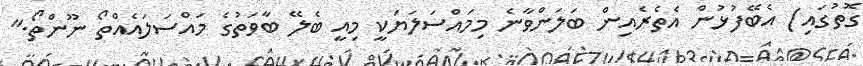
ގޮތުގައި) އެބޭފުޅުން އެތެރެއިން ބަލަންވާނެ މިމައްސަލަޔަކީ މިއީ ބެލޭ ބާވަތުގެ މައްސަލައެއްތޯ ނޫންތޯ."